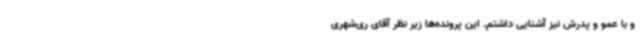
و با عمو و پدرش نیز آشنایی داشتم. این پرونده‌ها زیر نظر آقای ری‌شهری